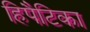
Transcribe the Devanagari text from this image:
हिपैटिका